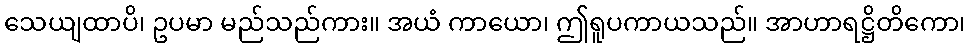
သေယျထာပိ၊ ဥပမာ မည်သည်ကား။ အယံ ကာယော၊ ဤရူပကာယသည်။ အာဟာရဋ္ဌိတိကော၊